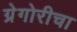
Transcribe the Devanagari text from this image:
ग्रेगोरीचा